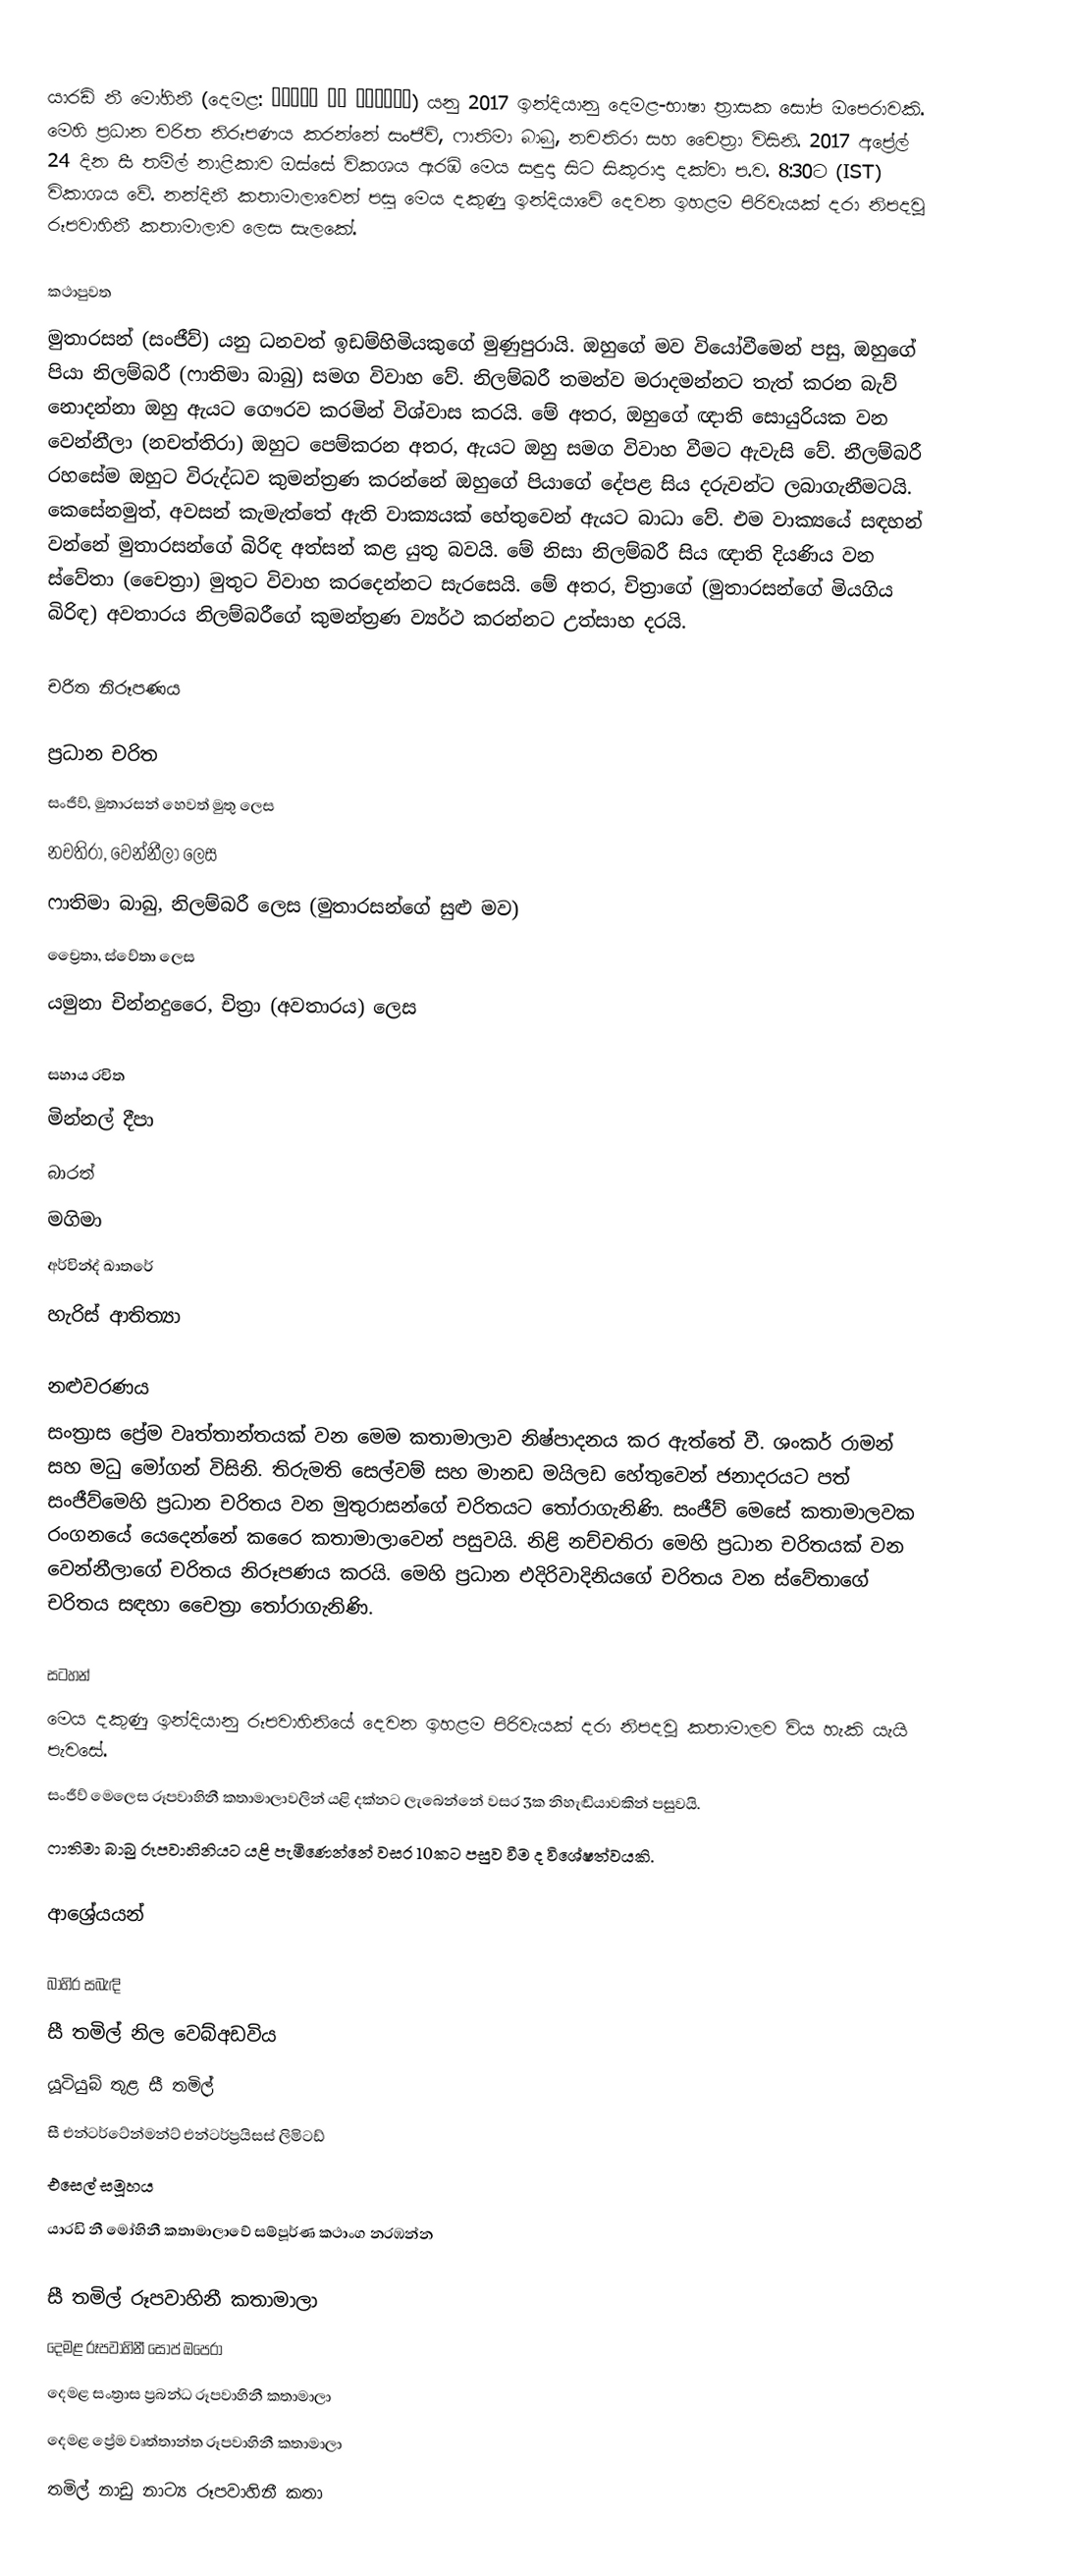
යාරඩි නී මෝහිනී (දෙමළ: யாரடி நீ மோகினி) යනු 2017 ඉන්දියානු දෙමළ-භාෂා ත්‍රාසක සෝප ඔපෙරාවකි. මෙහි ප්‍රධාන චරිත නිරූපණය කරන්නේ සංජීව්, ෆාතිමා බාබු, නචතිරා සහ චෛත්‍රා විසිනි. 2017 අප්‍රේල් 24 දින සී තමිල් නාළිකාව ඔස්සේ විකශය ඇරඹි මෙය සඳුදා සිට සිකුරාදා දක්වා ප.ව. 8:30ට (IST) විකාශය වේ. නන්දිනී කතාමාලාවෙන් පසු මෙය දකුණු ඉන්දියාවේ දෙවන ඉහළම පිරිවැයක් දරා නිපදවූ රූපවාහිනී කතාමාලාව ලෙස සැලකේ.

කථාපුවත
මුතාරසන් (සංජීව්) යනු ධනවත් ඉඩම්හිමියකුගේ මුණුපුරායි. ඔහුගේ මව වියෝවීමෙන් පසු, ඔහුගේ පියා නිලම්බරී (ෆාතිමා බාබු) සමග විවාහ වේ. නිලම්බරී තමන්ව මරාදමන්නට තැත් කරන බැව් නොදන්නා ඔහු ඇයට ගෞරව කරමින් විශ්වාස කරයි. මේ අතර, ඔහුගේ ඥාති සොයුරියක වන වෙන්නීලා (නචත්තිරා) ඔහුට පෙම්කරන අතර, ඇයට ඔහු සමග විවාහ වීමට ඇවැසි වේ. නීලම්බරී රහසේම ඔහුට විරුද්ධව කුමන්ත්‍රණ කරන්නේ ඔහුගේ පියාගේ දේපළ සිය දරුවන්ට ලබාගැනීමටයි. කෙසේනමුත්, අවසන් කැමැත්තේ ඇති වාක්‍යයක් හේතුවෙන් ඇයට බාධා වේ. එම වාක්‍යයේ සඳහන් වන්නේ මුතාරසන්ගේ බිරිඳ අත්සන් කළ යුතු බවයි. මේ නිසා නිලම්බරී සිය ඥාති දියණිය වන ස්වේතා (චෛත්‍රා) මුතුට විවාහ කරදෙන්නට සැරසෙයි. මේ අතර, චිත්‍රාගේ (මුතාරසන්ගේ මියගිය බිරිඳ) අවතාරය නිලම්බරීගේ කුමන්ත්‍රණ ව්‍යර්ථ කරන්නට උත්සාහ දරයි.

චරිත නිරූපණය

ප්‍රධාන චරිත
 සංජීව්, මුතාරසන් හෙවත් මුතු ලෙස
 නචතිරා, වෙන්නීලා ලෙස
 ෆාතිමා බාබු, නිලම්බරී ලෙස (මුතාරසන්ගේ සුළු මව)
 ච්‍රෛතා, ස්වේතා ලෙස
 යමුනා චින්නදුරෛ, චිත්‍රා (අවතාරය)‍ ලෙස

සහාය රචිත
 මින්නල් දීපා
 බාරත්
 මගිමා
 අර්වින්ද් ඛාතරේ
 හැරිස් ආතිත්‍යා

නළුවරණය
සංත්‍රාස ප්‍රේම වෘත්තාන්තයක් වන මෙම කතාමාලාව නිෂ්පාදනය කර ඇත්තේ වී. ශංකර් රාමන් සහ මධු මෝගන් විසිනි. තිරුමති සෙල්වම් සහ මානඩ මයිලඩ හේතුවෙන් ජනාදරයට පත් සංජීව්මෙහි ප්‍රධාන චරිතය වන මුතුරාසන්ගේ චරිතයට තෝරාගැනිණි. සංජීව් මෙසේ කතාමාලවක රංගනයේ යෙදෙන්නේ කරෛ කතාමාලාවෙන් පසුවයි. නිළි නච්චතිරා මෙහි ප්‍රධාන චරිතයක් වන වෙන්නීලාගේ චරිතය නිරූපණය කරයි. මෙහි ප්‍රධාන එදිරිවාදිනියගේ චරිතය වන ස්වේතාගේ චරිතය සඳහා චෛත්‍රා තෝරාගැනිණි.

සටහන්
 මෙය දකුණු ඉන්දියානු රූපවාහිනියේ දෙවන ඉහළම පිරිවැයක් දරා නිපදවූ කතාමාලව විය හැකි යැයි පැවසේ.
 සංජීව් මෙලෙස රූපවාහිනී කතාමාලාවලින් යළි දක්නට ලැබෙන්නේ වසර 3ක නිහැඬියාවකින් පසුවයි.
 ෆාතිමා බාබු රූපවාහිනියට යළි පැමිණෙන්නේ වසර 10කට පසුව වීම ද විශේෂත්වයකි.

ආශ්‍රේයයන්

බාහිර සබැඳි
 සී තමිල් නිල වෙබ්අඩවිය
 යූටියුබ් තුළ සී තමිල්
 සී එන්ටර්ටේන්මන්ට් එන්ටර්ප්‍රයිසස් ලිමිටඩ්
 එසෙල් සමූහය
 යාරඩි නී මෝහිනී කතාමාලාවේ සම්පූර්ණ කථාංග නරඹන්න

සී තමිල් රූපවාහිනී කතාමාලා
දෙමළ රූපවාහිනී සෝප් ඔපෙරා
දෙමළ සංත්‍රාස ප්‍රබන්ධ රූපවාහිනී කතාමාලා
දෙමළ ප්‍රේම වෘත්තාන්ත රූපවාහිනී කතාමාලා
තමිල් නාඩු නාට්‍ය රූපවාහිනී කතා